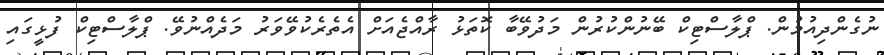
ނުގެންދިއުމުން. ޕްލާސްޓިކް ބޭނުންކުރުން މަދުވޭބާ ކޮތަޅު ރާއްޖެއަށް އެތެރެކުވޭވަރު މަދެއްނުވޭ. ޕްލާސްޓިކް ފުޅީގައި